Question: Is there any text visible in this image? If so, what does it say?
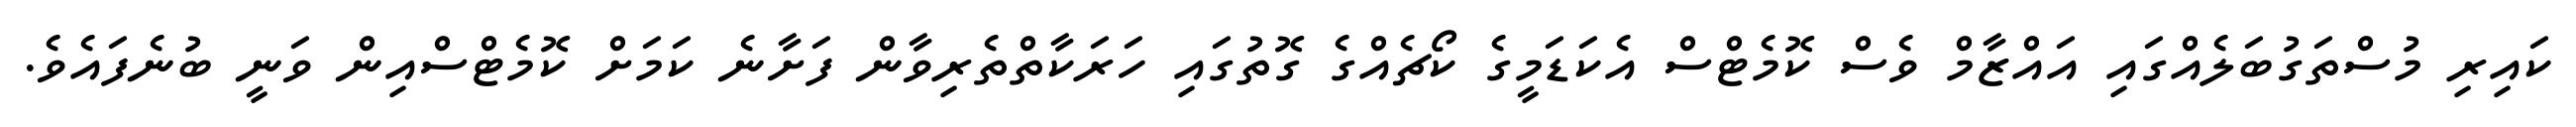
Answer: ކައިރި މުސްތަގުބަލެއްގައި އައްޒާމް ވެސް ކޮމެޓްސް އެކަޑަމީގެ ކޯޗެއްގެ ގޮތުގައި ހަރަކާތްތެރިވާން ފަށާނެ ކަމަށް ކޮމެޓްސްއިން ވަނީ ބުނެފައެވެ.